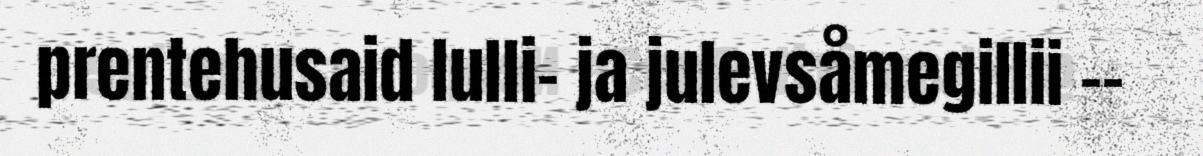
prentehusaid lulli- ja julevsåmegillii -–